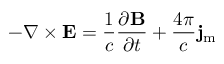
- \nabla \times \mathbf { E } = { \frac { 1 } { c } } { \frac { \partial \mathbf { B } } { \partial t } } + { \frac { 4 \pi } { c } } \mathbf { j } _ { \mathrm { m } }